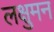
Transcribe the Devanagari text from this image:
लक्षुमन